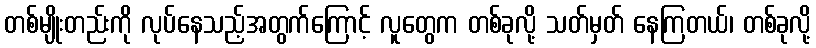
တစ်မျိုးတည်းကို လုပ်နေသည့်အတွက်ကြောင့် လူတွေက တစ်ခုလို့ သတ်မှတ် နေကြတယ်၊ တစ်ခုလို့